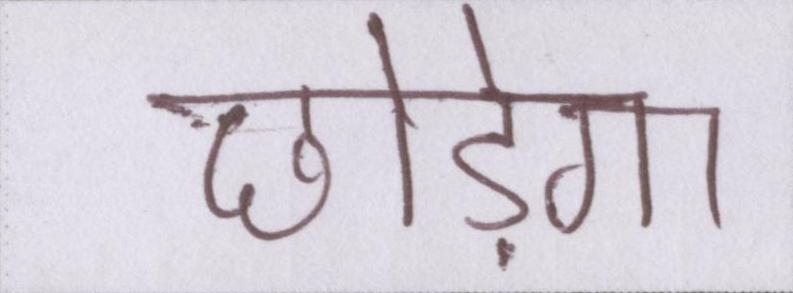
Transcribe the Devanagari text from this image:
छोड़ेगा